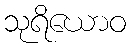
သုရိယောဝ